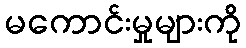
မကောင်းမှုများကို